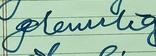
Signature authenticity: forged